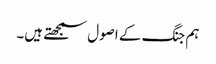
ہم جنگ کے اصول سمجھتے ہیں۔